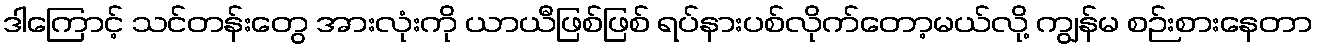
ဒါကြောင့် သင်တန်းတွေ အားလုံးကို ယာယီဖြစ်ဖြစ် ရပ်နားပစ်လိုက်တော့မယ်လို့ ကျွန်မ စဉ်းစားနေတာ